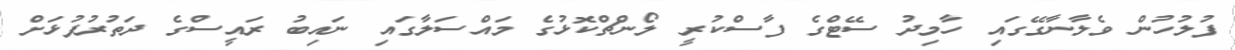
ފުލުހުން ވެލާނާގޭގައި ހާމިދު ސޭޓްގެ ފާސްކުރީ ލޯންޗްކޮޅުގެ މައްސަލާގައި ނައިބު ރައީސްގެ ދަތުރުފުޅަށް